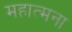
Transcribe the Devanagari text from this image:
महात्मना